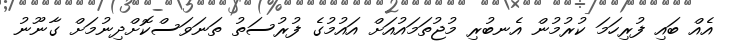
އެއް ބައި ފުރިހަމަ ކުރުމުން އެނބުރި މުޖުތަމައުއަށް އައުމުގެ ފުރުސަތު ތަނަވަސްކޮށްދިނުމަށް ގާނޫނު